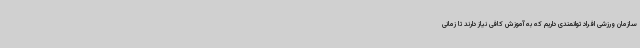
سازمان ورزشی افراد توانمندی داریم که به آموزش کافی نیاز دارند تا زمانی